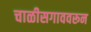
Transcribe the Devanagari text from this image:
चाळीसगाववरून